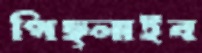
পিছ্‌লাইব